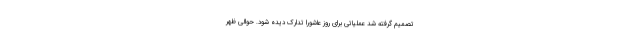
تصمیم گرفته شد عملیاتی برای روز عاشورا تدارک دیده شود. حوالی ظهر